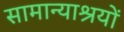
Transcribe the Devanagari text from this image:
सामान्याश्रयों